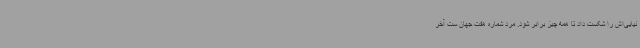
نیایی‌اش را شکست داد تا همه چیز برابر شود. مرد شماره هفت جهان ست آخر